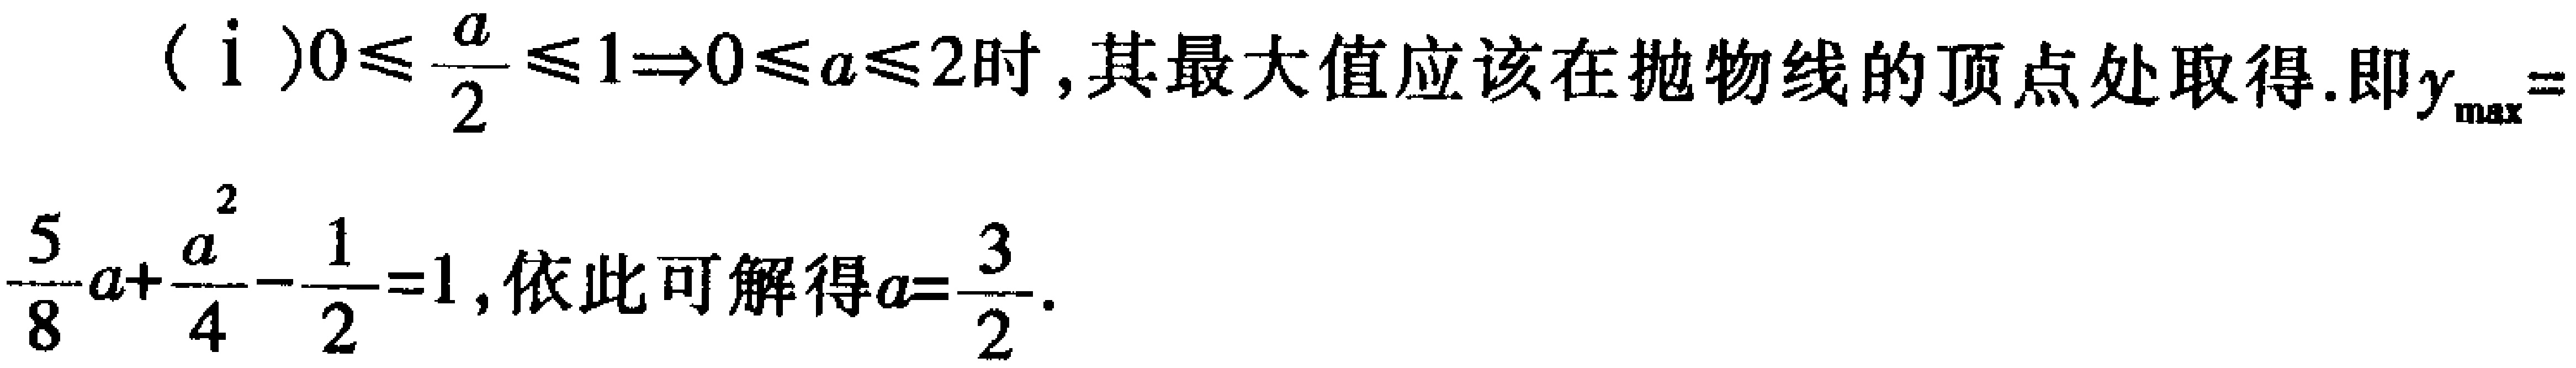
（i）$0\leqslant\frac{a}{2}\leqslant1\Rightarrow0\leqslant a\leqslant2$时，其最大值应该在抛物线的顶点处取得.即$y_{\max}=$
$\frac{5}{8}a + \frac{a^{2}}{4}-\frac{1}{2}=1$，依此可解得$a = \frac{3}{2}$.